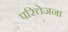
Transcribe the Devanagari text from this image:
परित्तेजना